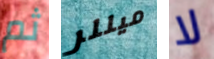
ثم ميللر لا